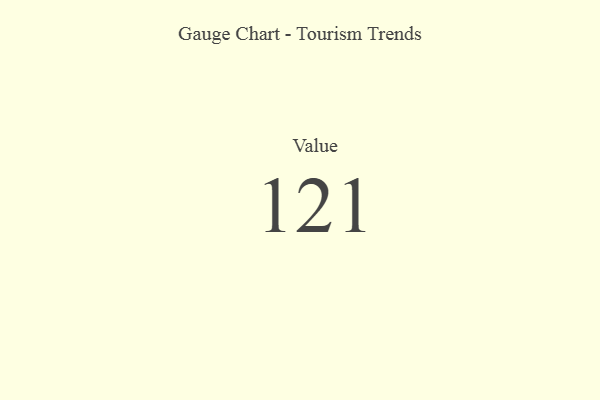
{"axis": {"x": "Metric", "y": "Value"}, "legend": [""], "data": [{"x": "Value", "y": 121, "type": ""}]}